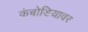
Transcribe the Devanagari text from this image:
कंबोडियावर